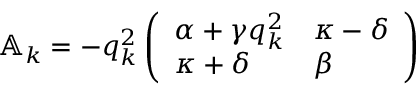
\begin{array} { r } { \mathbb { A } _ { k } = - q _ { k } ^ { 2 } \left( \begin{array} { l l } { \alpha + \gamma q _ { k } ^ { 2 } } & { \kappa - \delta } \\ { \kappa + \delta } & { \beta } \end{array} \right) \, } \end{array}